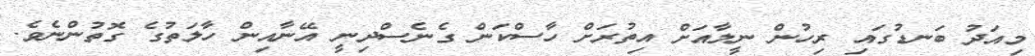
މިއަދު ބަނޑުގައި ރިހުން ނީލާއަށް އިތުރަށް ހާސްކަން ގެނެސްދިނީ އޭނާއިން ހާލަތުގެ ގޮތުންނެވެ.